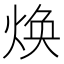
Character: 焕